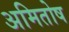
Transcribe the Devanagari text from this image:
अमितोष